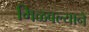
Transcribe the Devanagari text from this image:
मिळवल्याने